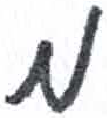
אות: מ